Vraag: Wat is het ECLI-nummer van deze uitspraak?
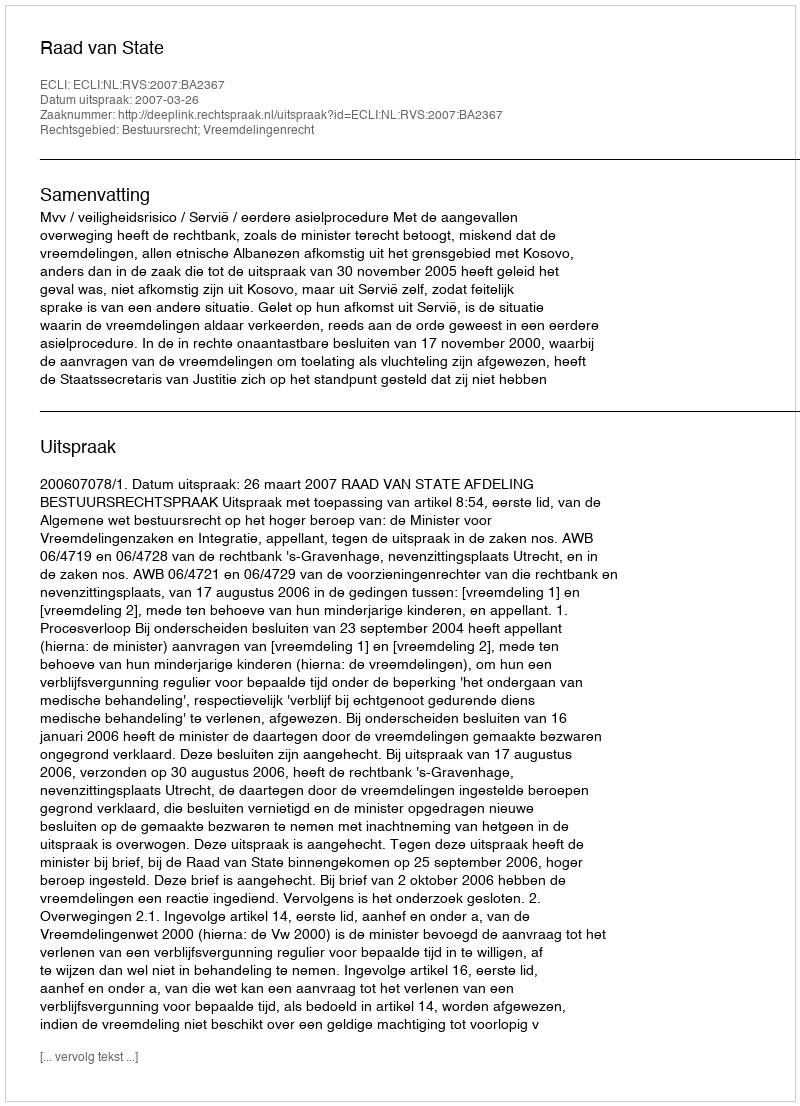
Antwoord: ECLI:NL:RVS:2007:BA2367